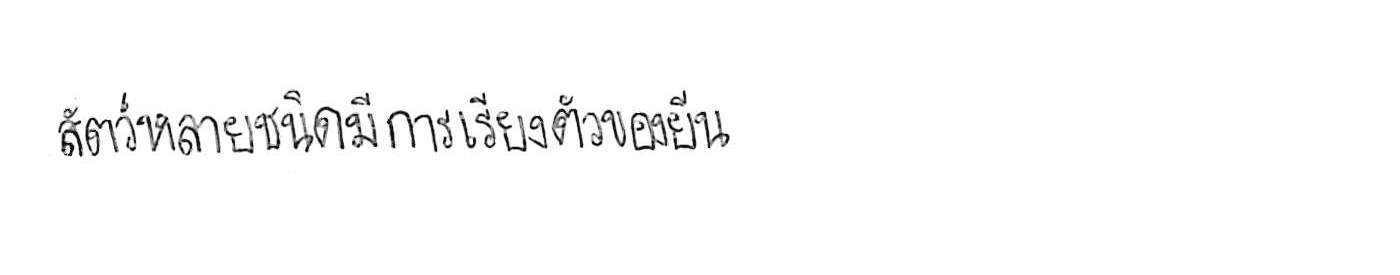
สัตว์หลายชนิดมีการเรียงตัวของยีน